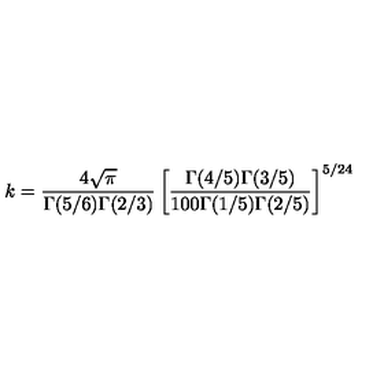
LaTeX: k = \frac { 4 \sqrt { \pi } } { \Gamma ( 5 / 6 ) \Gamma ( 2 / 3 ) } \left[ \frac { \Gamma ( 4 / 5 ) \Gamma ( 3 / 5 ) } { 1 0 0 \Gamma ( 1 / 5 ) \Gamma ( 2 / 5 ) } \right] ^ { 5 / 2 4 }